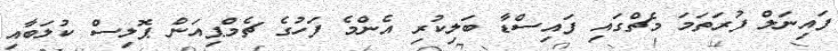
ފައިނަލް ފުރަތަމަ މެޗްގައި ފައިސްޑާ ބަލިކުރި އެންމެ ފަހުގެ ޗެމްޕިއަން ޕޮލިސް ކުލަބާއި